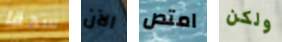
سحقا الآن امتص ولكن